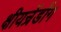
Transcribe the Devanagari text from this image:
क्षीयन्रेंडोंग